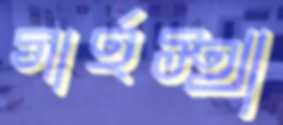
গার্হস্থ্য